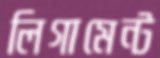
লিগামেন্ট